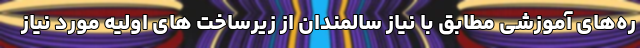
ره‌های آموزشی مطابق با نیاز سالمندان از زیرساخت های اولیه مورد نیاز